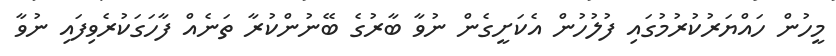
މީހުން ހައްޔަރުކުރުމުގައި ފުލުހުން އެކަށީގެން ނުވާ ބާރުގެ ބޭނުންކުރާ ތަނެއް ފާހަގަކުރެވިފައި ނުވާ